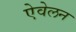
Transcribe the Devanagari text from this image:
ऐवेलन